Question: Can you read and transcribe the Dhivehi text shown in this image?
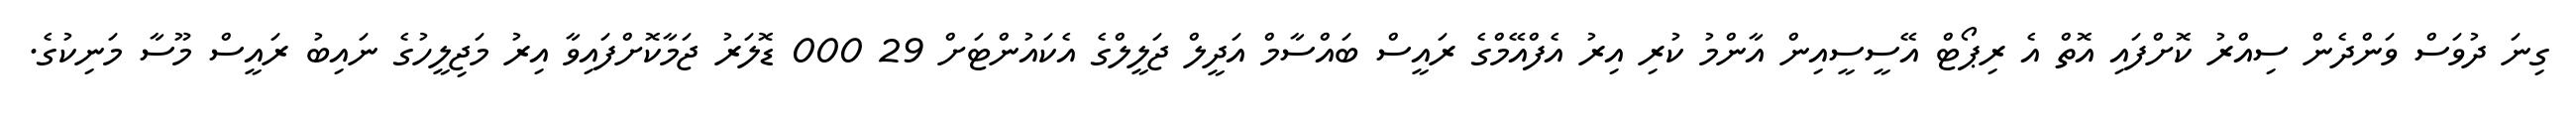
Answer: ގިނަ ދުވަސް ވަންދެން ސިއްރު ކޮށްފައި އޮތް އެ ރިޕޯޓް އޭސީސީއިން އާންމު ކުރި އިރު އެފްއޭމްގެ ރައީސް ބައްސާމް އަދީލް ޖަލީލްގެ އެކައުންޓަށް 29 000 ޑޮލަރު ޖަމާކޮށްފައިވާ އިރު މަޖިލީހުގެ ނައިބު ރައީސް މޫސާ މަނިކުގެ.